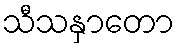
သီသနှာတော